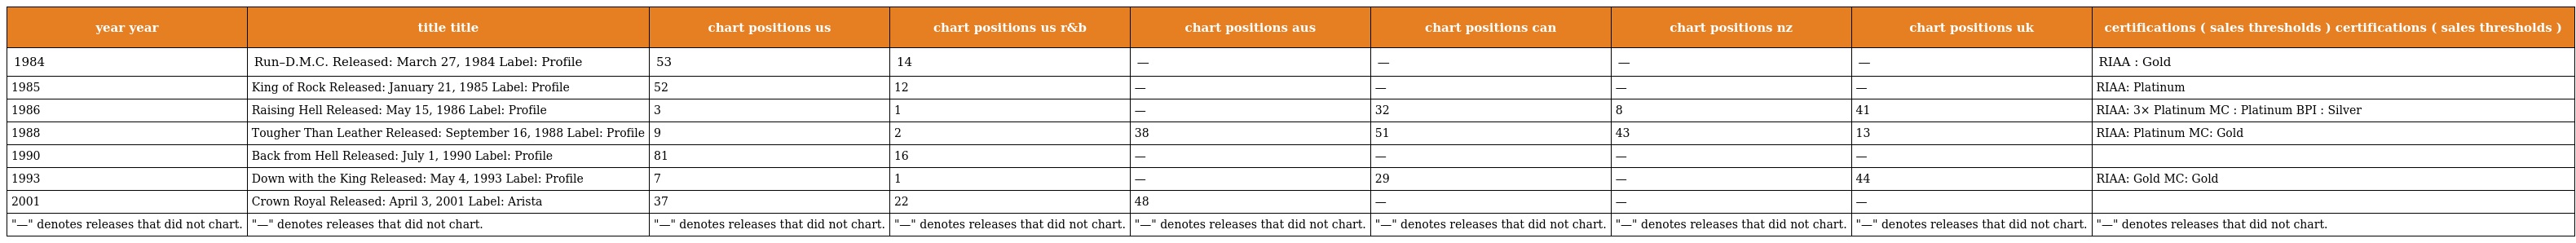
| year year | title title | chart positions us | chart positions us r&b | chart positions aus | chart positions can | chart positions nz | chart positions uk | certifications ( sales thresholds ) certifications ( sales thresholds ) |
 | --- | --- | --- | --- | --- | --- | --- | --- | --- |
 | 1984 | Run–D.M.C. Released: March 27, 1984 Label: Profile | 53 | 14 | — | — | — | — | RIAA : Gold |
 | 1985 | King of Rock Released: January 21, 1985 Label: Profile | 52 | 12 | — | — | — | — | RIAA: Platinum |
 | 1986 | Raising Hell Released: May 15, 1986 Label: Profile | 3 | 1 | — | 32 | 8 | 41 | RIAA: 3× Platinum MC : Platinum BPI : Silver |
 | 1988 | Tougher Than Leather Released: September 16, 1988 Label: Profile | 9 | 2 | 38 | 51 | 43 | 13 | RIAA: Platinum MC: Gold |
 | 1990 | Back from Hell Released: July 1, 1990 Label: Profile | 81 | 16 | — | — | — | — |  |
 | 1993 | Down with the King Released: May 4, 1993 Label: Profile | 7 | 1 | — | 29 | — | 44 | RIAA: Gold MC: Gold |
 | 2001 | Crown Royal Released: April 3, 2001 Label: Arista | 37 | 22 | 48 | — | — | — |  |
 | "—" denotes releases that did not chart. | "—" denotes releases that did not chart. | "—" denotes releases that did not chart. | "—" denotes releases that did not chart. | "—" denotes releases that did not chart. | "—" denotes releases that did not chart. | "—" denotes releases that did not chart. | "—" denotes releases that did not chart. | "—" denotes releases that did not chart. |